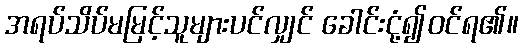
အရပ်သိပ်မမြင့်သူများပင်လျှင် ခေါင်းငုံ့၍ဝင်ရ၏။